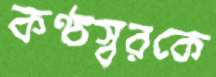
কণ্ঠস্বরকে